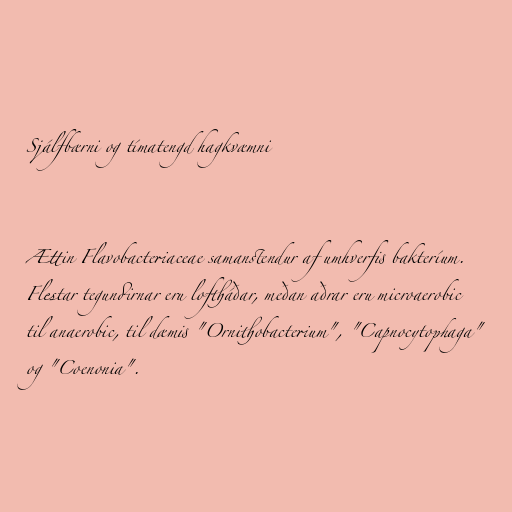
Sjálfbærni og tímatengd hagkvæmni

Ættin Flavobacteriaceae samanstendur af umhverfis bakteríum.
Flestar tegundirnar eru loftháðar, meðan aðrar eru microaerobic
til anaerobic, til dæmis "Ornithobacterium", "Capnocytophaga"
og "Coenonia".